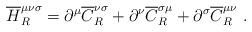
LaTeX: \begin{align*}{\overline H}_R^{\mu\nu\sigma}=\partial^{\mu}{\overline C}^{\nu\sigma}_R+ \partial^{\nu}{\overline C}^{\sigma\mu}_R+ \partial^{\sigma}{\overline C}^{\mu\nu}_R~.\end{align*}